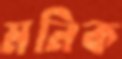
মনিক